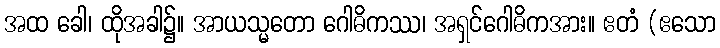
အထ ခေါ၊ ထိုအခါ၌။ အာယသ္မတော ဂေါဓိကဿ၊ အရှင်ဂေါဓိကအား။ ဧတံ (ဧသော